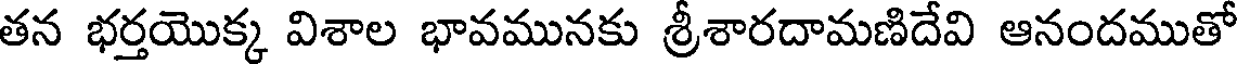
తన భర్తయొక్క విశాల భావమునకు శ్రీశారదామణిదేవి ఆనందముతో